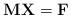
LaTeX: \begin{align*} \mathbf{M} \mathbf{X}=\mathbf{F}\end{align*}